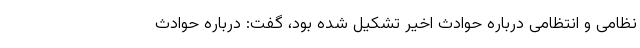
نظامی و انتظامی درباره حوادث اخیر تشکیل شده بود، گفت: درباره حوادث